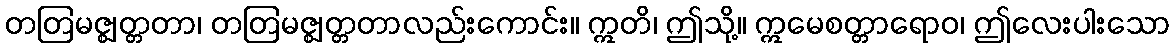
တတြမဇ္ဈတ္တတာ၊ တတြမဇ္ဈတ္တတာလည်းကောင်း။ ဣတိ၊ ဤသို့။ ဣမေစတ္တာရောဝ၊ ဤလေးပါးသော